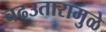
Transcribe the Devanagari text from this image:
चढउतारामुळे